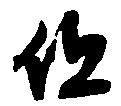
但